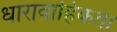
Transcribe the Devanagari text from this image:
धारावाहिकता